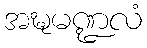
အဍ္ဎမဏ္ဍလံ